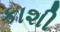
કાશી